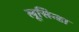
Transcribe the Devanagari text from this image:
लूसिन्डा